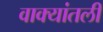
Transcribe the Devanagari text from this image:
वाक्यांतली